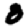
Digit: 0